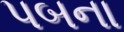
પબના